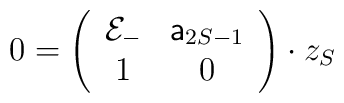
0 = \left(\begin{array}{cc}	{\cal E}_{-} & {\sf a}_{2S-1}\\        1 & 0\\          \end{array}\right)\cdot z_{S}